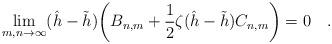
LaTeX: \begin{align*}\lim_{m, n\rightarrow\infty}(\hat{h}-\tilde{h})\biggl(B_{n,m}+\frac{1}{2}\zeta(\hat{h}-\tilde{h})C_{n,m}\biggr) = 0\quad.\end{align*}